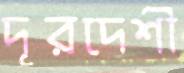
দূরদেশী